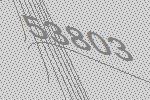
53803